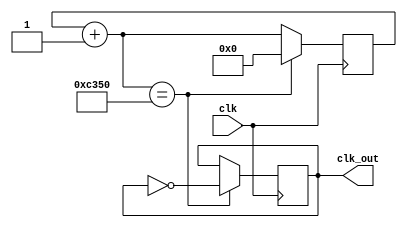
`timescale 1ns / 1ps
//////////////////////////////////////////////////////////////////////////////////
// Company: 
// 
// Design Name: 
// Module Name: Clk100Hz_s
// Project Name: 
// Target Devices: 
// Tool Versions: 
// Description: slow clock for counter used to periodically switch between seven segement displays; up'ed to 1kHz instead of 100Hz 
// 
// Dependencies: 
// 
// Revision:
// Revision 0.01 - File Created
// Additional Comments:
// 
//////////////////////////////////////////////////////////////////////////////////


module Clk100Hz_s(clk_out, clk);

    input clk; 
    output clk_out; 

    reg [18:0] counter = 0;
    reg clk_temp;        

    always @(posedge clk ) begin
        counter = counter + 1; 
        if (counter == 50000) begin         //count to 500,000 for 100Hz clk trying 1kHz clk
            counter = 0; 
            clk_temp = ~clk_temp; 
        end       
    end 

    assign clk_out = clk_temp; 

endmodule